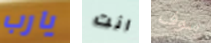
يارب انت سوف